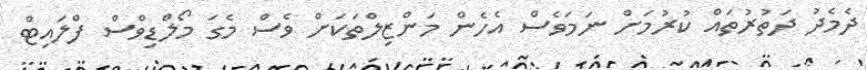
ދެމެދު ދަތުރުތައް ކުުރުމަށް ނަމަވެސް އެހެން މަންޒިލްތަކަށް ވެސް މެގަ މޯލްޑިވްސް ފްލައިޓް